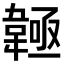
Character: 𩏊